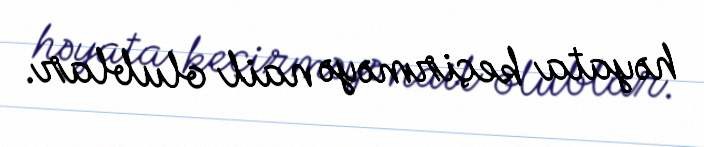
həyata keçirməyə nail olublar.